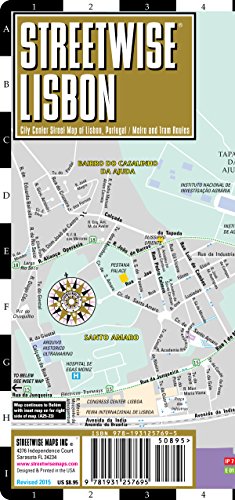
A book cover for Streetwise Lisbon Map - Laminated City Center Street Map of Lisbon, Portugal; Streetwise Maps Inc.; Reference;